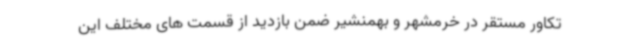
تکاور مستقر در خرمشهر و بهمنشیر ضمن بازدید از قسمت های مختلف این